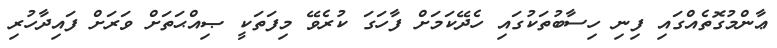
ޢާންމުގޮތެއްގައި ފިނި ހިސާބުތަކުގައި ހެދޭކަމަށް ފާހަގަ ކުރެވޭ މިފަތަކީ ޞިއްޙަތަށް ވަރަށް ފައިދާހުރި